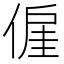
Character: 𬿍